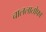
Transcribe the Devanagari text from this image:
चाललातोफा